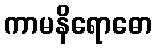
ကာမနိရောဓော